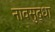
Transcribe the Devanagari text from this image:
नावसुद्धा